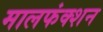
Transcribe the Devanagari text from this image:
मालफंक्शन